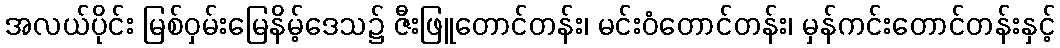
အလယ်ပိုင်း မြစ်ဝှမ်းမြေနိမ့်ဒေသ၌ ဇီးဖြူတောင်တန်း၊ မင်းဝံတောင်တန်း၊ မှန်ကင်းတောင်တန်းနှင့်